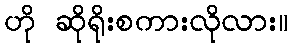
ဟို ဆိုရိုးစကားလိုလား။